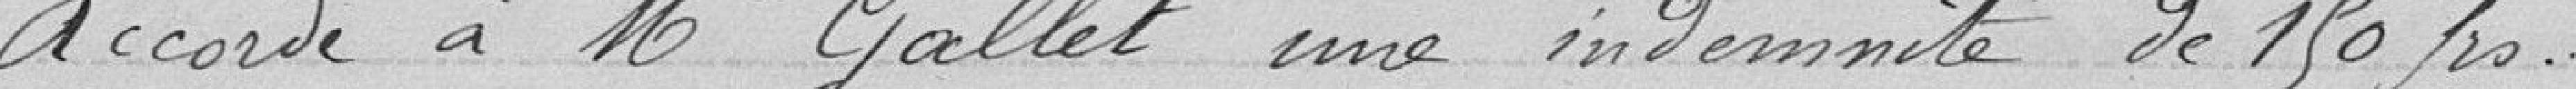
Accorde à Monsieur Gallet une indemnité de 150 francs.